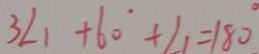
3 \angle 1 + 6 0 ^ { \circ } + \angle 1 = 1 8 0 ^ { \circ }